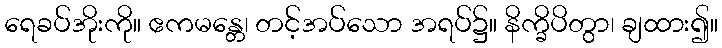
ရေခပ်အိုးကို။ ဧကမန္တေ၊ တင့်အပ်သော အရပ်၌။ နိက္ခိပိတွာ၊ ချထား၍။